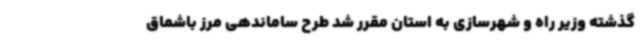
گذشته وزیر راه و شهرسازی به استان مقرر شد طرح ساماندهی مرز باشماق